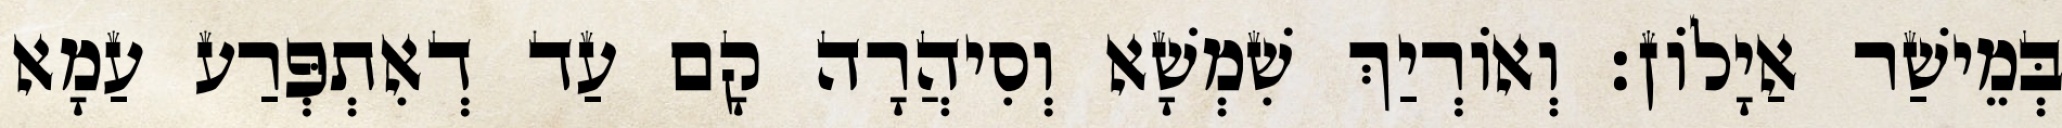
בְּמֵישַׁר אַיָלוֹן׃ וְאוֹרְיַךְ שִׁמְשָׁא וְסִיהֲרָה קָם עַד דְאִתְפְּרַע עַמָא